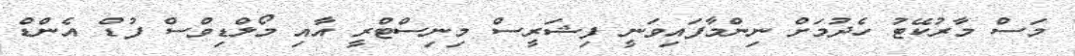
މަސް މާރުކޭޓު ހެދުމަށް ނިންމާފައިވަނީ ފިޝަރީސް މިނިސްޓްރީ އާއި މޯލްޑިވްސް ފުޑް އެންޑް